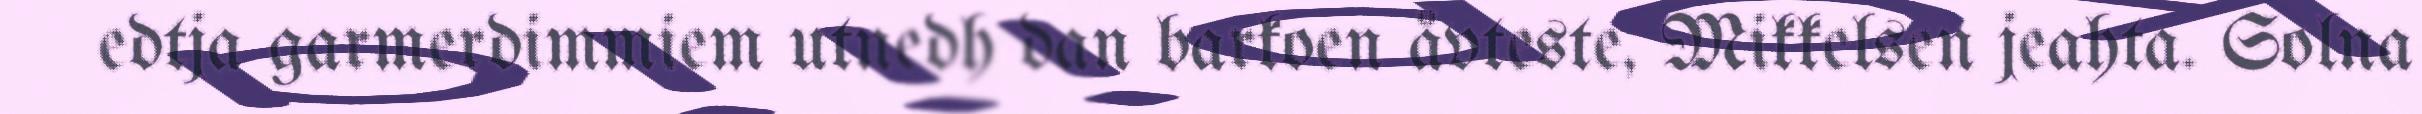
edtja garmerdimmiem utnedh dan barkoen åvteste, Mikkelsen jeahta. Solna